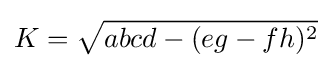
K={\sqrt {abcd-(eg-fh)^{2}}}